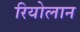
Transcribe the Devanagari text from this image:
रियोलान